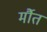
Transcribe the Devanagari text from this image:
र्मौत